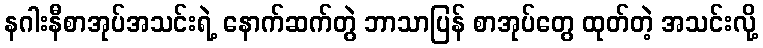
နဂါးနီစာအုပ်အသင်းရဲ့ နောက်ဆက်တွဲ ဘာသာပြန် စာအုပ်တွေ ထုတ်တဲ့ အသင်းလို့